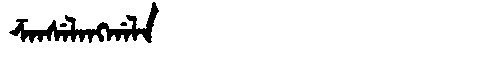
Manchu: ᡯᠠᠨᠰᡝᠯᠠᠩᡤᠠᠯᠠ
Romanization: DZANSELANGGALA